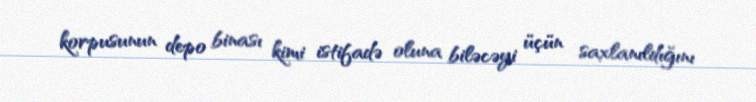
korpusunun depo binası kimi istifadə oluna biləcəyi üçün saxlanıldığını